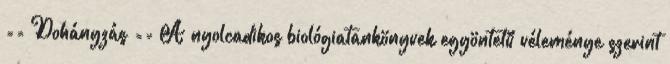
== Dohányzás == A nyolcadikos biológiatankönyvek egyöntetű véleménye szerint